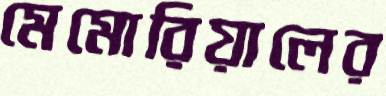
মেমোরিয়ালের